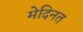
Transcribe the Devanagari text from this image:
मेदिनत